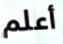
أعلم